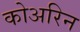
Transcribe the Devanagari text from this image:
कोअरिन